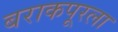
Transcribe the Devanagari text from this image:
बराकपूरला